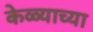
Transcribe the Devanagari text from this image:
केळ्याच्या